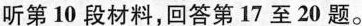
听第 10 段材料,回答第17 至 20 题。